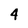
Character: 4